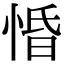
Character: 惛